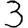
Digit: 3